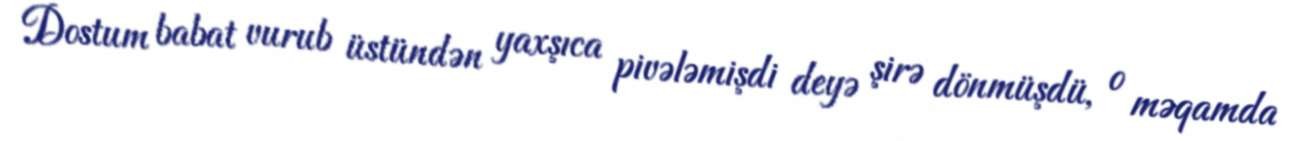
Dostum babat vurub üstündən yaxşıca pivələmişdi deyə şirə dönmüşdü, o məqamda